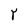
Character: Y